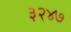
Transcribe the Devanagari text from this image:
३२४७